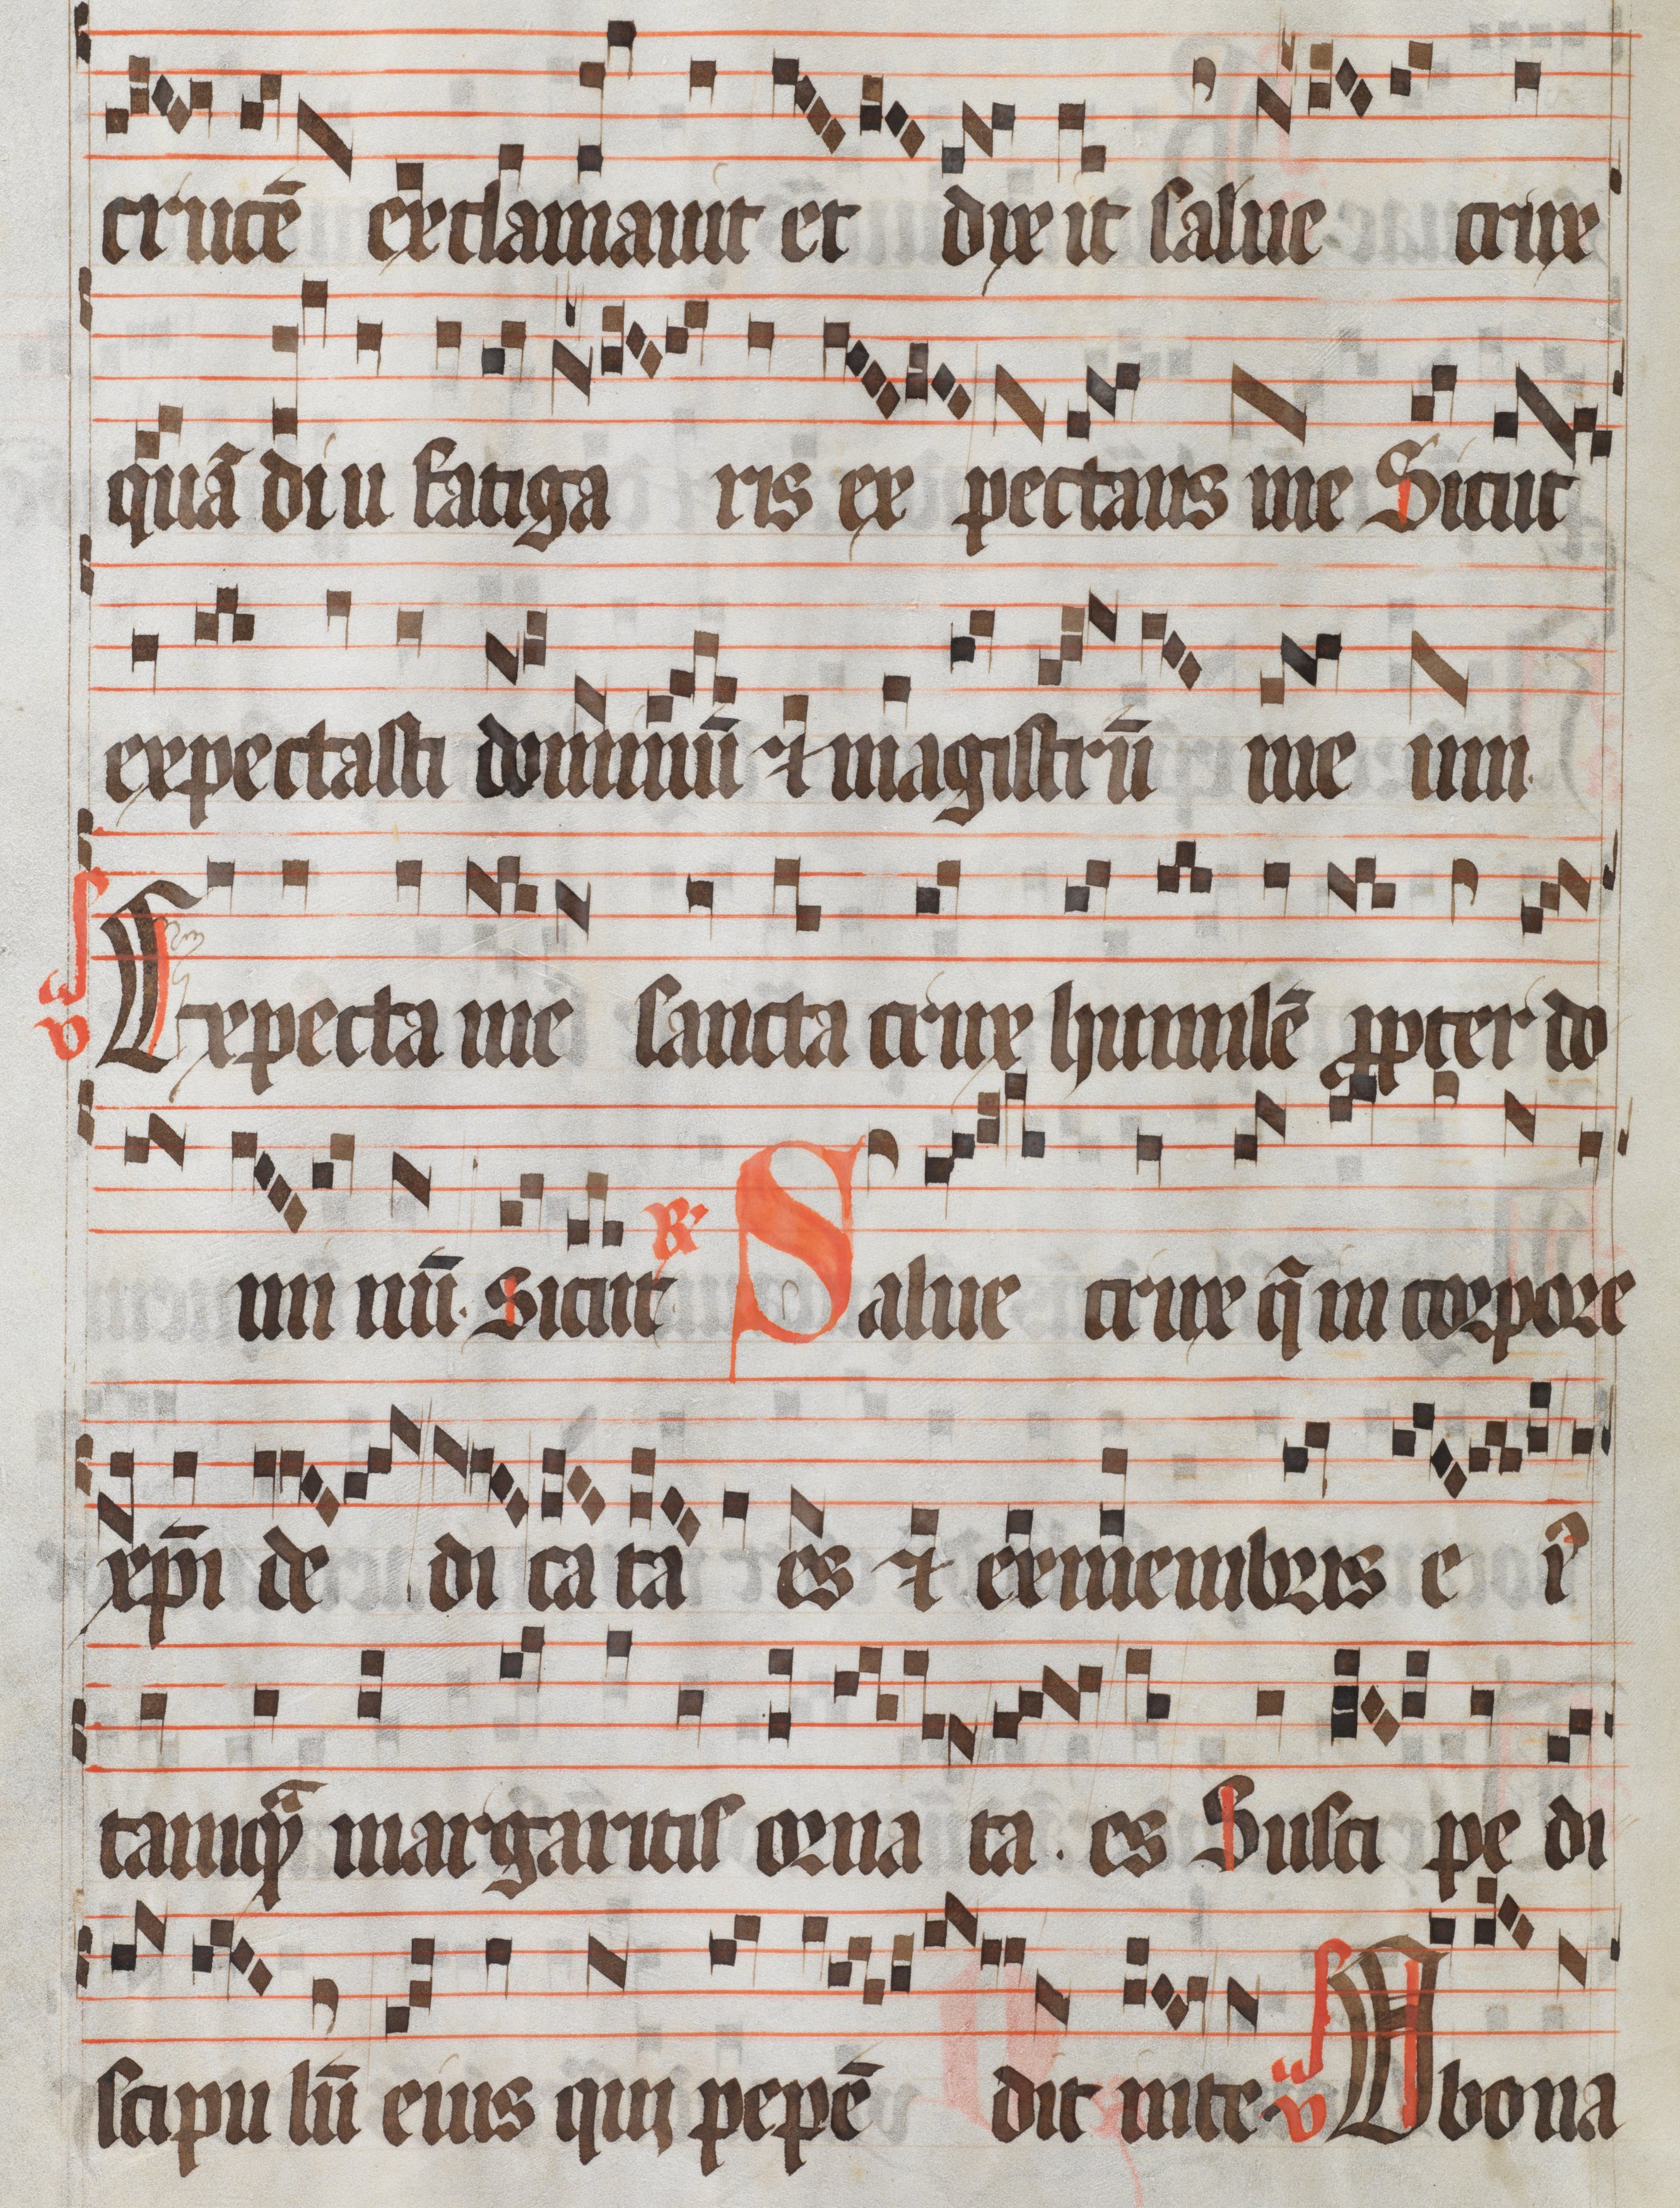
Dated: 1300–1399